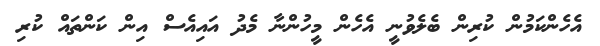
އެހެންކަމުން ކުރިން ބެލެވުނީ އެހެން މީހުންނާ މެދު އައިއެސް އިން ކަންތައް ކުރި